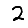
Digit: 2